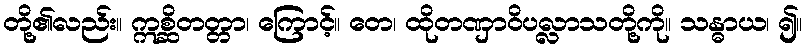
တို့၏လည်း။ ဣစ္ဆိတတ္တာ၊ ကြောင့်။ တေ၊ ထိုတဏှာဝိပလ္လာသတို့ကို။ သန္ဓာယ၊ ၍။